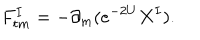
F _ { t m } ^ { I } = - \partial _ { m } ( e ^ { - 2 U } X ^ { I } ) .